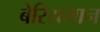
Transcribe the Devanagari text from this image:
बेरियमान